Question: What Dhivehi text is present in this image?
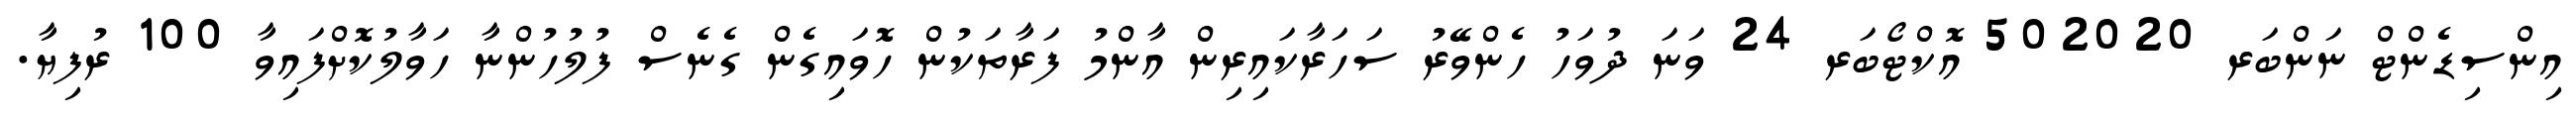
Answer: އިންސިޑެންޓް ނަންބަރ 502020 އޮކްޓޯބަރ 24 ވަނަ ދުވަހު ހެންވޭރު ސަހަރާކައިރިން އާންމު ފަރާތަކުން ހޮވައިގެން ގެނެސް ފުލުހުންނާ ހަވާލުކޮށްފައިވާ 100 ރުފިޔާ.